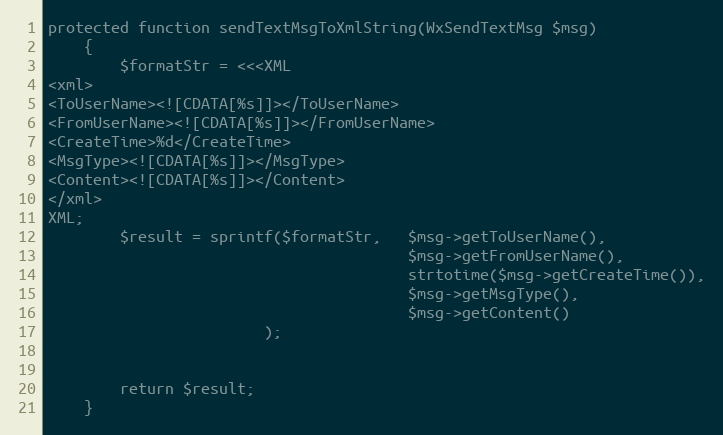
Language: PHP
protected function sendTextMsgToXmlString(WxSendTextMsg $msg)
    {
        $formatStr = <<<XML
<xml>
<ToUserName><![CDATA[%s]]></ToUserName>
<FromUserName><![CDATA[%s]]></FromUserName>
<CreateTime>%d</CreateTime>
<MsgType><![CDATA[%s]]></MsgType>
<Content><![CDATA[%s]]></Content>
</xml>
XML;
        $result = sprintf($formatStr,   $msg->getToUserName(),
                                        $msg->getFromUserName(),
                                        strtotime($msg->getCreateTime()),
                                        $msg->getMsgType(),
                                        $msg->getContent()
                        );

        return $result;
    }